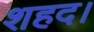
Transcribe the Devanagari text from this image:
शहद।